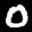
Label: 0